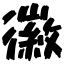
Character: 徽